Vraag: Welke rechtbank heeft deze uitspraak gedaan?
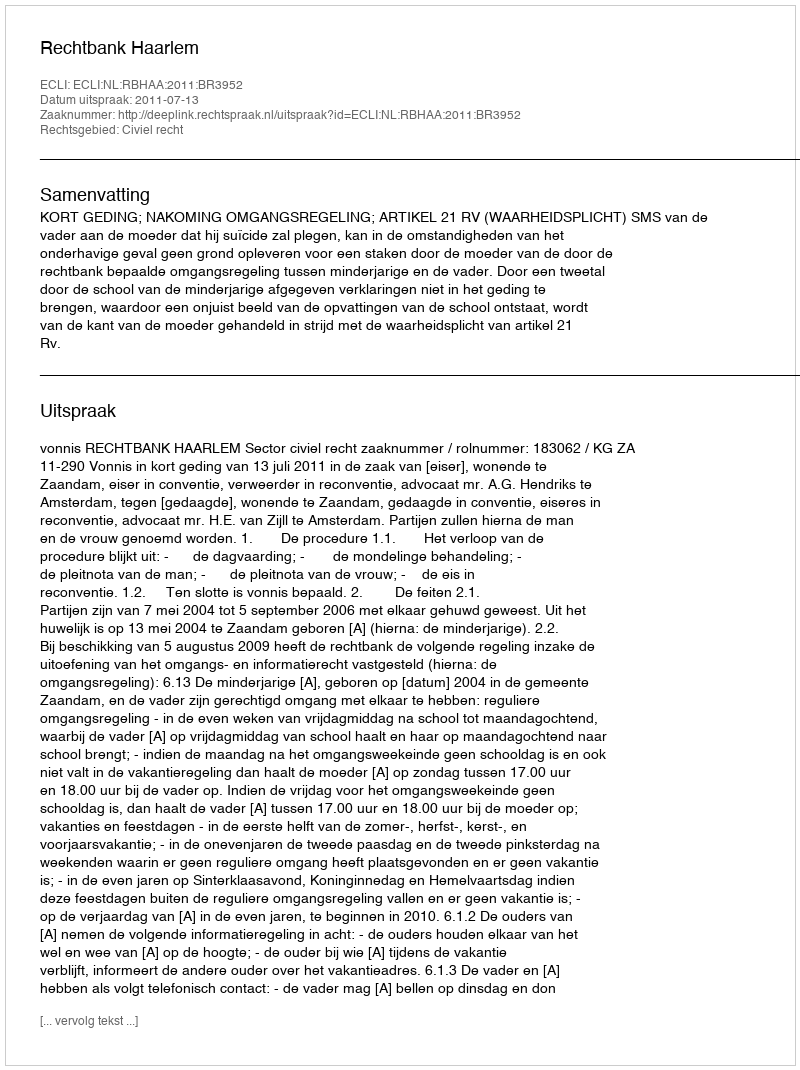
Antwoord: Rechtbank Haarlem